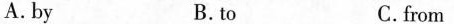
A.by B.to C.from